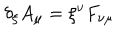
LaTeX: \delta _ { \xi } A _ { \mu } = \xi ^ { \nu } F _ { \nu \mu }